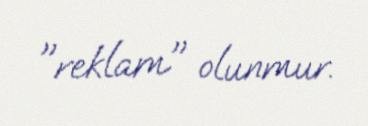
"reklam" olunmur.